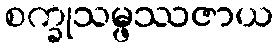
စက္ခုသမ္ဖဿဇာယ